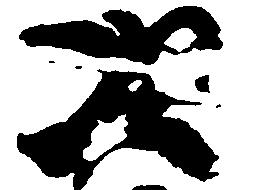
次